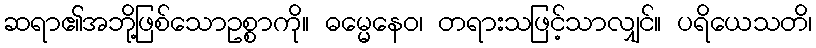
ဆရာ၏အဘို့ဖြစ်သောဥစ္စာကို။ ဓမ္မေနေဝ၊ တရားသဖြင့်သာလျှင်။ ပရိယေသတိ၊